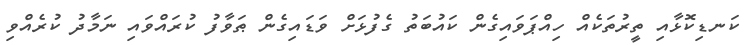
ކަނޑިކޮޅާއި ތީރުތަކެއް ހިއްޕަވައިގެން ކައުބަތު ގެފުޅަށް ވަޑައިގެން ޠަވާފު ކުރައްވައި ނަމާދު ކުރެއްވި